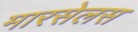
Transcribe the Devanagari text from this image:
मारसेलस